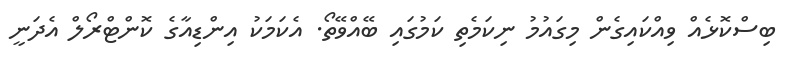
ބިސްކޮޅެއް ވިއްކައިގެން މިގައުމު ނިކަމެތި ކަމުގައި ބޭއްވޭތޯ. އެކަމަކު އިންޑިއާގެ ކޮންޓްރޯލް އެދަނީ